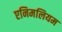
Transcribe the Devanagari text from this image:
एनिमलियम